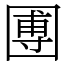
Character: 圑